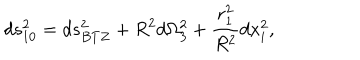
d s _ { 1 0 } ^ { 2 } = d s _ { B T Z } ^ { 2 } + R ^ { 2 } d \Omega _ { 3 } ^ { 2 } + { \frac { r _ { 1 } ^ { 2 } } { R ^ { 2 } } } d x _ { i } ^ { 2 } ,